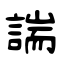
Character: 諯